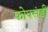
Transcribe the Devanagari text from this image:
फोपसंडी